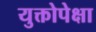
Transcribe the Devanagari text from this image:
युक्तोपेक्षा